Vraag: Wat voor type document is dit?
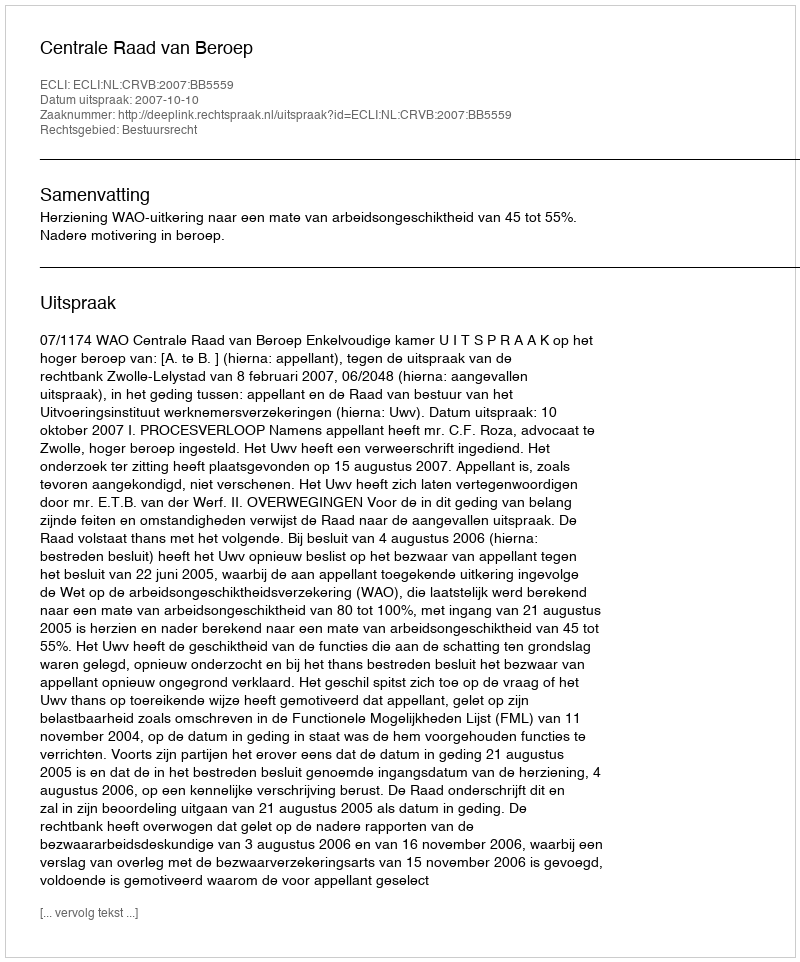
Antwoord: Uitspraak